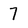
Character: 7